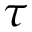
\tau